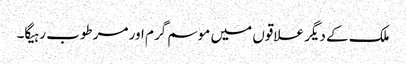
ملک کے دیگر علاقوں میں موسم گرم اور مرطوب رہیگا۔